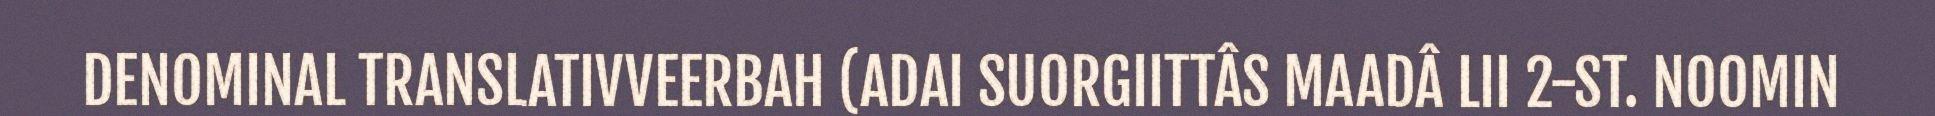
DENOMINAL TRANSLATIVVEERBAH (ADAI SUORGIITTÂS MAADÂ LII 2-ST. NOOMIN